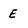
Character: E